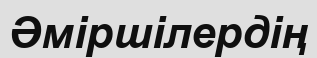
Әміршілердің